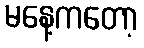
မနေ့ကတော့